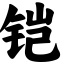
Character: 铠